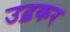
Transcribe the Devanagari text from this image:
उढ़कर